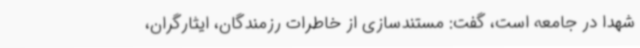
شهدا در جامعه است، گفت: مستندسازی از خاطرات رزمندگان، ایثارگران،